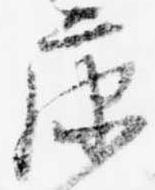
康